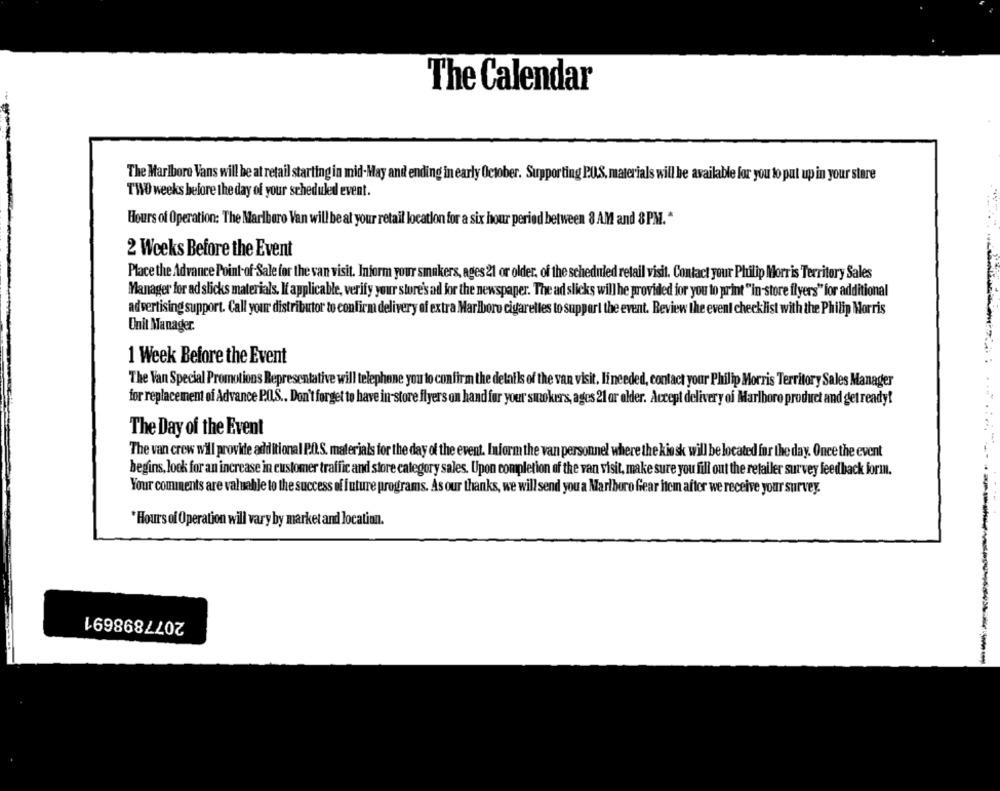
The Calendar
The Marlboro Vans will be at retail starting in mid-May and ending in early October. Supporting P.O.S. materials will be available for you to put up in your store
TWO weeks before the day of your scheduled event.
Hours of Operation: The Marlboro Van will be at your retail location for a six hour period between 8 AM and 8 PM."
2 Weeks Before the Event
Place the Advance Point- of-Sale for the van visit. Inform your smukers, ages 21 or older, of the scheduled retail visit. Contact your Philip Morris Territory Sales
Manager for ad slicks materials. If applicable, verify your store's ad for the newspaper. The ad slicks will be provided for you to print "in-store flyers" for additional
advertising support. Call your distributor to confirm delivery of extra Marlboro cigarettes to support the event. Review the event checklist with the Philip Morris
Unit Manager.
1 Week Before the Event
The Van Special Promotions Representative will telephone you to confirm the details of the van visit. Iineeded, contact your Philip Morris Territory Sales Manager
for replacement of Advance P.O.S .. Don't forget to have in-store flyers on hand for your smokers, ages 21 or older. Accept delivery of Marlboro product and get ready!
The Day of the Event
The van crew will provide additional P.O.S. materials for the day of the event. Inform the van personnel where the kio sk will be located for the day. Once the event
begins, lock for an increase in customer traffic and store category sales. Upon completion of the van visit, make sure you fill out the retailer survey feedback form.
Your comments are valuable to the success of future programs. As our thanks, we will send you a Marlboro fear itcm after we receive your survey.
*Hours of Operation will vary by market and location.
2077898691